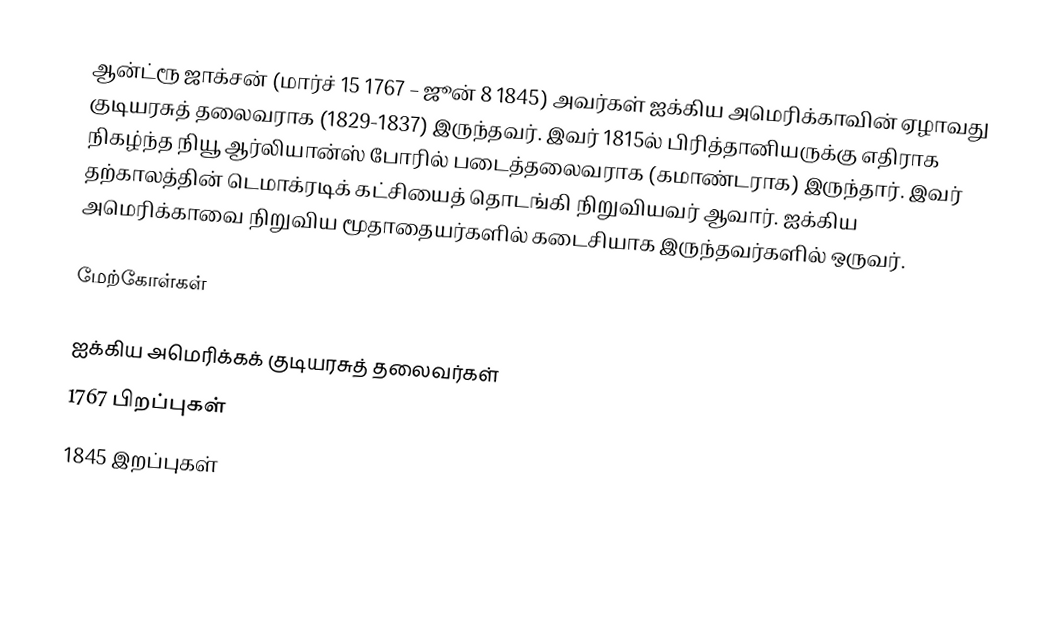
ஆன்ட்ரூ ஜாக்சன் (மார்ச் 15 1767 – ஜூன் 8 1845)  அவர்கள் ஐக்கிய அமெரிக்காவின் ஏழாவது குடியரசுத் தலைவராக (1829-1837) இருந்தவர். இவர் 1815ல் பிரித்தானியருக்கு எதிராக நிகழ்ந்த நியூ ஆர்லியான்ஸ் போரில் படைத்தலைவராக (கமாண்டராக) இருந்தார். இவர் தற்காலத்தின் டெமாக்ரடிக் கட்சியைத் தொடங்கி நிறுவியவர் ஆவார். ஐக்கிய அமெரிக்காவை நிறுவிய மூதாதையர்களில் கடைசியாக இருந்தவர்களில் ஒருவர்.

மேற்கோள்கள்

ஐக்கிய அமெரிக்கக் குடியரசுத் தலைவர்கள்
1767 பிறப்புகள்
1845 இறப்புகள்